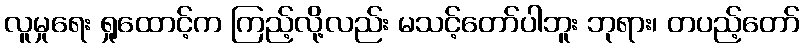
လူမှုရေး ရှုထောင့်က ကြည့်လို့လည်း မသင့်တော်ပါဘူး ဘုရား၊ တပည့်တော်